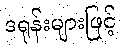
ဒရုန်းများဖြင့်